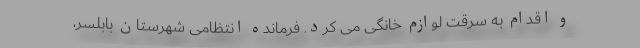
و اقدام به سرقت لوازم خانگی می کرد. فرمانده انتظامی شهرستان بابلسر،